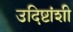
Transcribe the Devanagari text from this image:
उदिष्टांशी